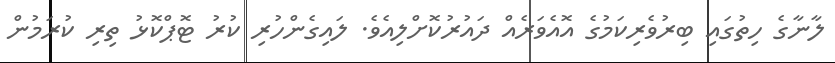
ލާނާގެ ހިތުގައި ބިރުވެރިކަމުގެ އޮއެވަރެއް ދައުރުކޮށްލިއެވެ. ލައިގެންހުރި ކުރު ޓޮޕްކޮޅު ތިރި ކުރަމުން